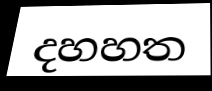
දහහත